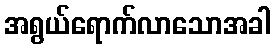
အရွယ်ရောက်လာသောအခါ